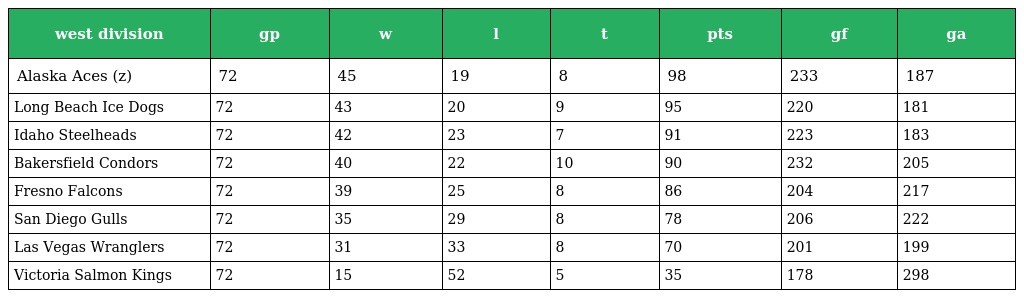
| west division | gp | w | l | t | pts | gf | ga |
 | --- | --- | --- | --- | --- | --- | --- | --- |
 | Alaska Aces (z) | 72 | 45 | 19 | 8 | 98 | 233 | 187 |
 | Long Beach Ice Dogs | 72 | 43 | 20 | 9 | 95 | 220 | 181 |
 | Idaho Steelheads | 72 | 42 | 23 | 7 | 91 | 223 | 183 |
 | Bakersfield Condors | 72 | 40 | 22 | 10 | 90 | 232 | 205 |
 | Fresno Falcons | 72 | 39 | 25 | 8 | 86 | 204 | 217 |
 | San Diego Gulls | 72 | 35 | 29 | 8 | 78 | 206 | 222 |
 | Las Vegas Wranglers | 72 | 31 | 33 | 8 | 70 | 201 | 199 |
 | Victoria Salmon Kings | 72 | 15 | 52 | 5 | 35 | 178 | 298 |